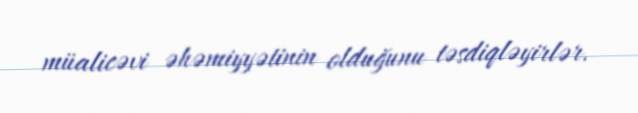
müalicəvi əhəmiyyətinin olduğunu təsdiqləyirlər.